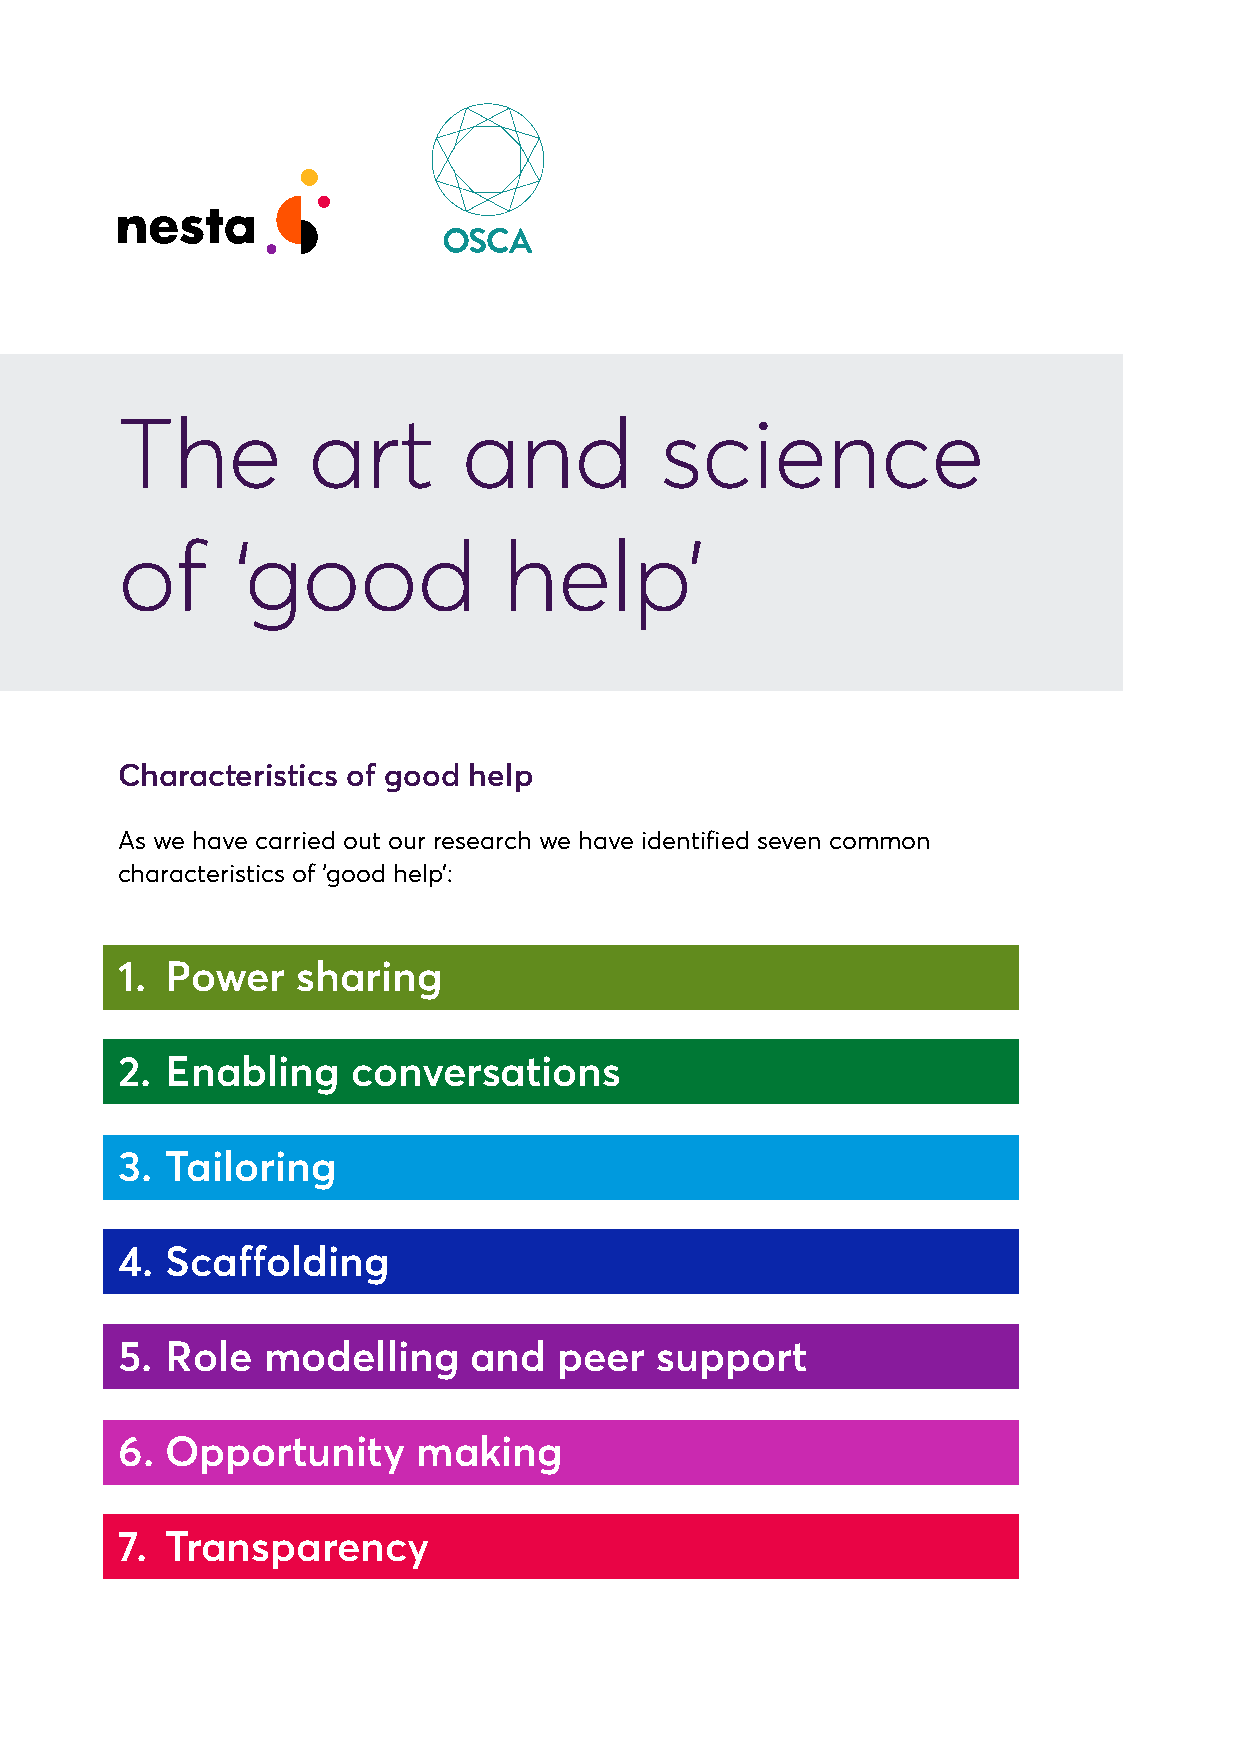
The         art        and          science
 of     ‘good             help’
 Characteristics of good help
 As we have carried out our research we have identified seven common
 characteristics of ‘good help’:
 1. Power    sharing
 2. Enabling    conversations
 3. Tailoring
 4. Scaffolding
 5. Role  modelling     and   peer  support
 6. Opportunity      making
 7. Transparency